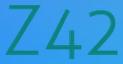
Z42